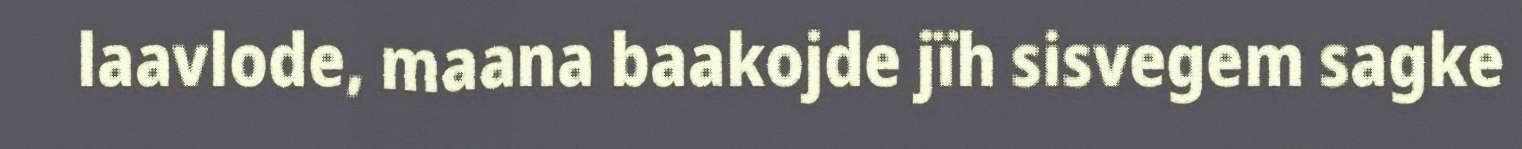
laavlode, maana baakojde jïh sisvegem sagke